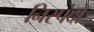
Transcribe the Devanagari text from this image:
निस्पंदों